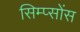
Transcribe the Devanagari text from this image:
सिम्प्सोंस